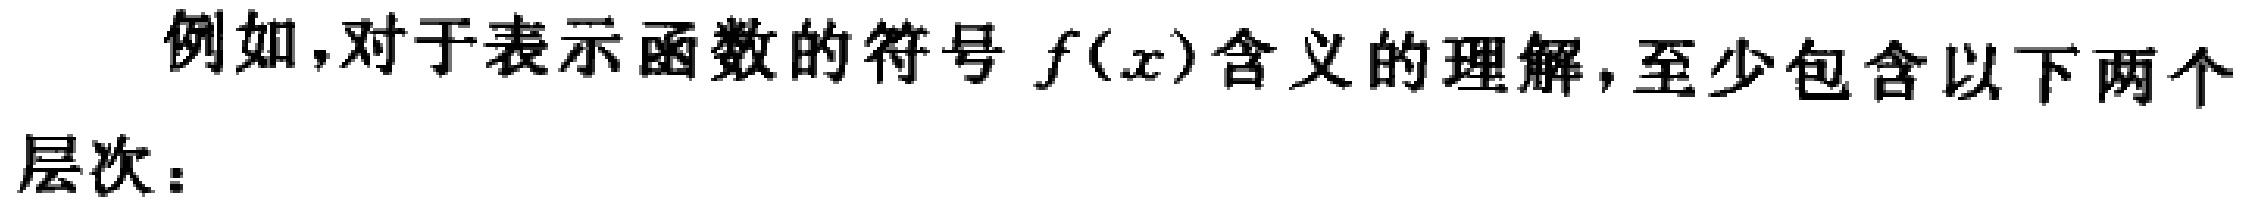
例如，对于表示函数的符号 \(f(x)\)含义的理解，至少包含以下两个
层次：